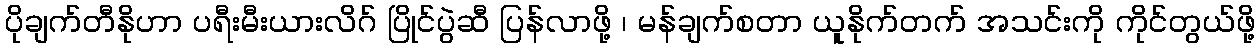
ပိုချက်တီနိုဟာ ပရီးမီးယားလိဂ် ပြိုင်ပွဲဆီ ပြန်လာဖို့ ၊ မန်ချက်စတာ ယူနိုက်တက် အသင်းကို ကိုင်တွယ်ဖို့